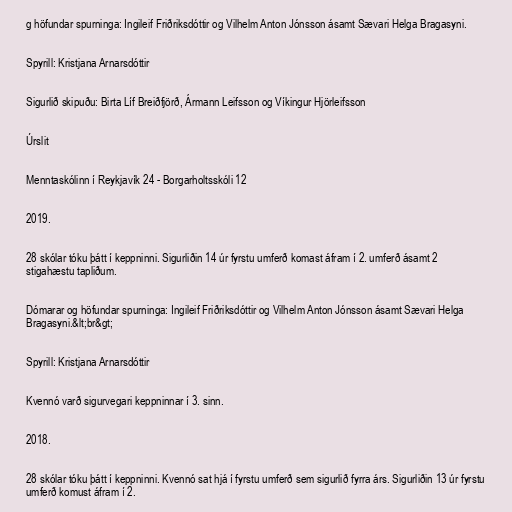
g höfundar spurninga: Ingileif Friðriksdóttir og Vilhelm Anton Jónsson ásamt Sævari Helga Bragasyni.

Spyrill: Kristjana Arnarsdóttir

Sigurlið skipuðu: Birta Líf Breiðfjörð, Ármann Leifsson og Víkingur Hjörleifsson

Úrslit

Menntaskólinn í Reykjavík 24 - Borgarholtsskóli 12

2019.

28 skólar tóku þátt í keppninni. Sigurliðin 14 úr fyrstu umferð komast áfram í 2. umferð ásamt 2
stigahæstu tapliðum.

Dómarar og höfundar spurninga: Ingileif Friðriksdóttir og Vilhelm Anton Jónsson ásamt Sævari Helga
Bragasyni.&lt;br&gt;

Spyrill: Kristjana Arnarsdóttir

Kvennó varð sigurvegari keppninnar í 3. sinn.

2018.

28 skólar tóku þátt í keppninni. Kvennó sat hjá í fyrstu umferð sem sigurlið fyrra árs. Sigurliðin 13 úr fyrstu
umferð komust áfram í 2.